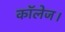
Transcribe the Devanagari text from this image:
कॉलेज।